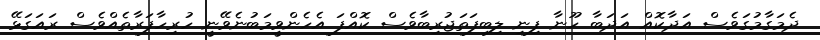
ދެމަގާމުގަވެސް އަދާކޮއް އަދަބާ ހޫނާ ފިނި ލިބިފަތަޖުރިބާވެސް ކޮއްފަ އެހެންވީމަބުނެވޭނީ ހުރިހާފަރާތެއްވެސް ރައަގަޅޭ